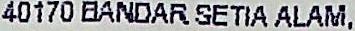
40170 BANDAR SETIA ALAM,